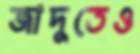
জাদুতেও